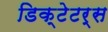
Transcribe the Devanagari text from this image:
डिक्टेटर्स